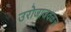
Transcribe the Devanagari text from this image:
उरोजाजवळच